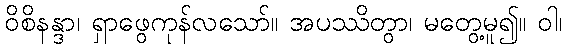
ဝိစိနန္ဒာ၊ ရှာဖွေကုန်လသော်။ အပဿိတွာ၊ မတွေ့မူ၍။ ဝါ၊